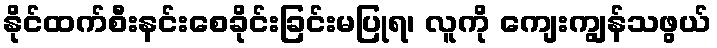
နိုင်ထက်စီးနင်းစေခိုင်းခြင်းမပြုရ၊ လူကို ကျေးကျွန်သဖွယ်